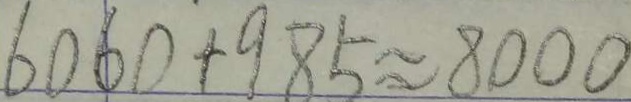
6 0 6 0 + 9 8 5 \approx 8 0 0 0